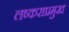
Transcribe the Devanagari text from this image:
लष्कराप्रमुख